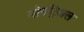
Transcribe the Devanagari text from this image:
मोनट्रिअल